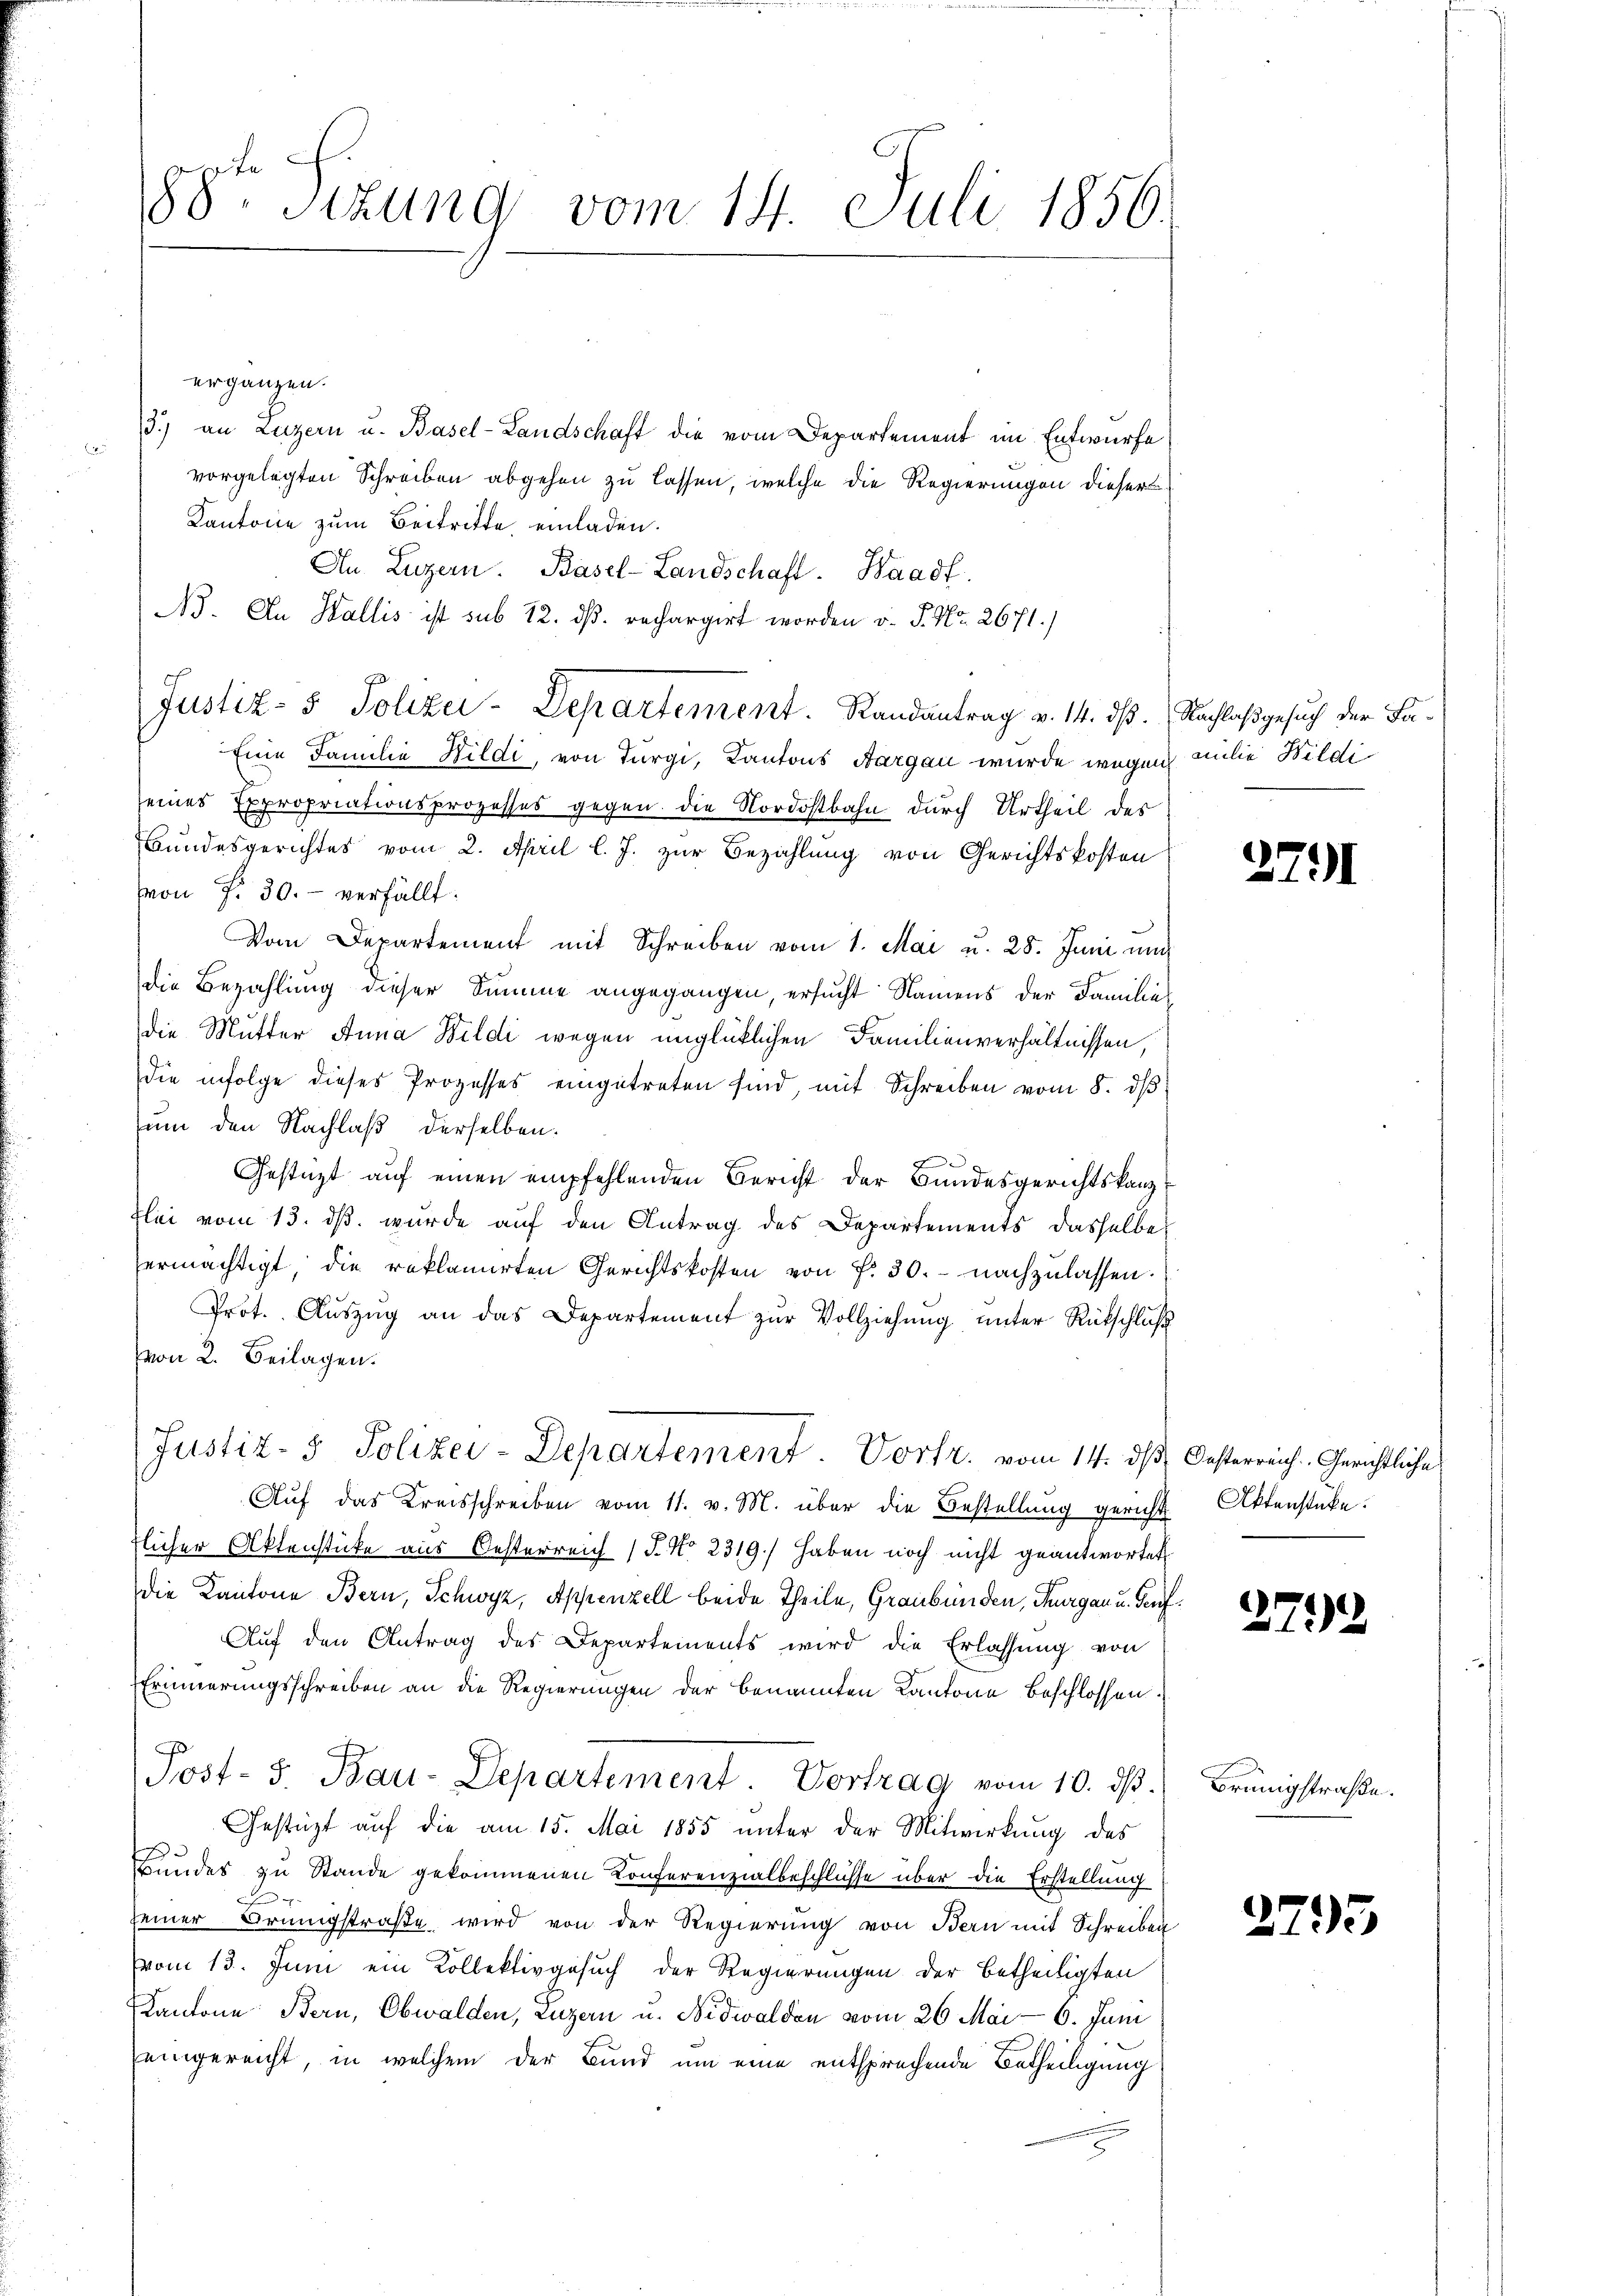
88ten Sizung vom 14. Juli 1856.

ergänzen.
13.) an Luzern u. Basel-Landschaft die vom Departement im Entwurfe
vorgelegten Schreiben abgehen zu lassen, welche die Regierungen dieser
Kantone zum Beitritte einladen.
An Luzern. Basel-Landschaft. Haadf.
B. An Wallis ist sub 12. dß. rechargirt worden v. P. Nr. 2671/
Eine Familie Hildi, von Turgi, Kantons Aargau wurde wegen milie Bildiseines Expropriationsprozesses gegen die Nordostbahn durch Urtheil des
Bundesgerichtes vom 2. April l. J. zur Bezahlung von Gerichtskosten
von f. 30. verfällt.
Vom Departement mit Schreiben vom 1. Mai u. 28. Juni un
die Bezahlung dieser Summe angegangen, ersucht Namens der Familie
die Mutter Anna Bildi wegen unglücklichen Familienverhältnissen,
die infolge dieses Prozesses eingetreten sind, mit Schreiben vom 8. dβ
um den Nachlaß derselben.
d
Gestützt auf einen empfehlenden Bericht der Bundesgerichtskanz¬
Flei vom 13. ds. wurde auf den Antrag des Departements dasselbe
ermächtigt, die reklamirten Gerichtskosten von f. 30. nachzulassen.
Prot. Aŭszŭg an das Departement zŭr Vollziehung unter Rückschluß
(von 2. Beilagen.
Justiz- & Polizei-Departement. Vortr. vom 14. ds. Oesterreich. Gerichtliche
Auf das Kreisschreiben vom 11. v. M. über die Bestellung gericht Aktenstüke.
flicher Aktenstücke aus Oesterreich (J. No 2319/ haben noch nicht geantwortet
die Kantone Bern, Schwyz, Appenzell beide Theile, Graubünden, Thurgau u. Tauf¬
Aŭf den Antrag des Departements wird die Erlassŭng von
Erinnerungsschreiben an die Regierungen der benannten Kantone beschlossen.
Post- & Bau-Departement. Vortrag vom 10. dβ.
Gestüzt auf die am 15. Mai 1855 unter der Mitwirkung des
s
Bundes zu Stande gekommenen Konferenzialbeschlüsse über die Erstellung
seiner Brunngstraße wird von der Regierung von Bern mit Schreiben
vom 13. Juni ein Kollektivgesuch der Regierungen der betheiligten
Kantone Bern, Obwalden, Luzern u. Nidwalden vom 26. Mai - 6. Juni
eingereicht, in welchem der Bund um eine entsprechende Betheiligung

Justiz- & Polizei-Departement. Randantrag v. 14. dß. Nachlaßgesuch der Sa¬

2791

2792

Brünigstraße

2795